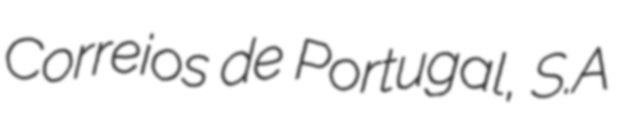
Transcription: Correios de Portugal, S.A